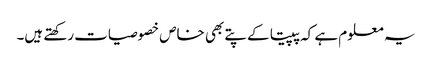
یہ معلوم ہے کہ پپیتا کے پتے بھی خاص خصوصیات رکھتے ہیں۔